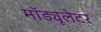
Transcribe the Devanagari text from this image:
मॉड्यूलेटर